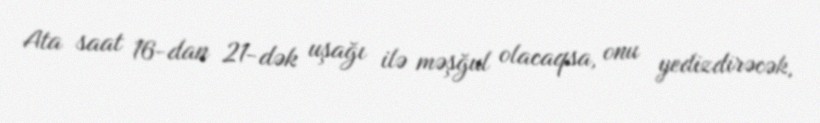
Ata saat 16-dan 21-dək uşağı ilə məşğul olacaqsa, onu yedizdirəcək,